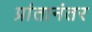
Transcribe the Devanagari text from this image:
प्रांतानंतर